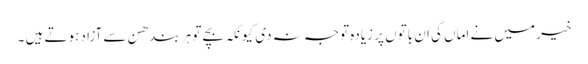
خیر میں نے اماں کی ان باتوں پر زیادہ توجہ نہ دی کیونکہ بچے تو ہر بندھن سے آزاد ہوتے ہیں ۔